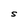
Character: S